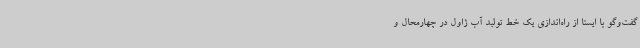
گفت‌وگو با ایسنا از راه‌اندازی یک خط تولید آب ژاول در چهارمحال و